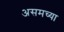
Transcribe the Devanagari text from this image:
असमच्या